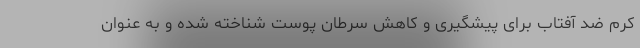
کرم ضد آفتاب برای پیشگیری و کاهش سرطان پوست شناخته شده و به عنوان